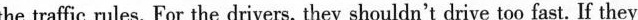
the traffic rules. For the drivers, they shouldn't drive too fast. If they